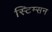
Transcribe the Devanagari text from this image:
स्टिम्सन